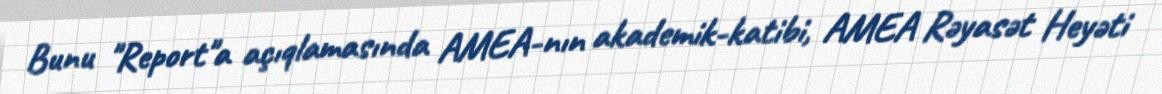
Bunu "Report"a açıqlamasında AMEA-nın akademik-katibi, AMEA Rəyasət Heyəti